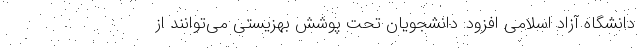
دانشگاه آزاد اسلامی افزود: دانشجویان تحت پوشش بهزیستی می‌توانند از